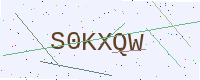
Text: S0KXQW